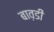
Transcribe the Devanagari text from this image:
बाव़डी